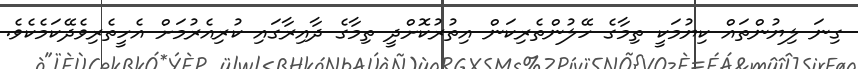
ގިނަ ލިޔުންތައް ކިޔުމަކީ ތިމާގެ ހޭލުންތެރިކަން އިތުރުކޮށްދީ ތިމާގެ ދާއިރާގައި ކުރިއެރުމަށް އެހީތެރިވެދޭކަމެކެވެ.